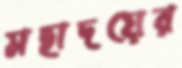
মহাদয়ের